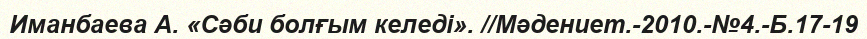
Иманбаева А. «Сәби болғым келеді». //Мәдениет.-2010.-№4.-Б.17-19